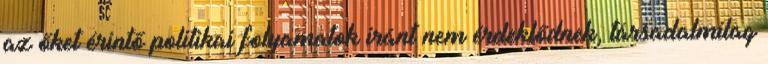
az őket érintő politikai folyamatok iránt nem érdeklődnek, társadalmilag